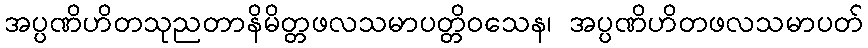
အပ္ပဏိဟိတသုညတာနိမိတ္တဖလသမာပတ္တိဝသေန၊ အပ္ပဏိဟိတဖလသမာပတ်